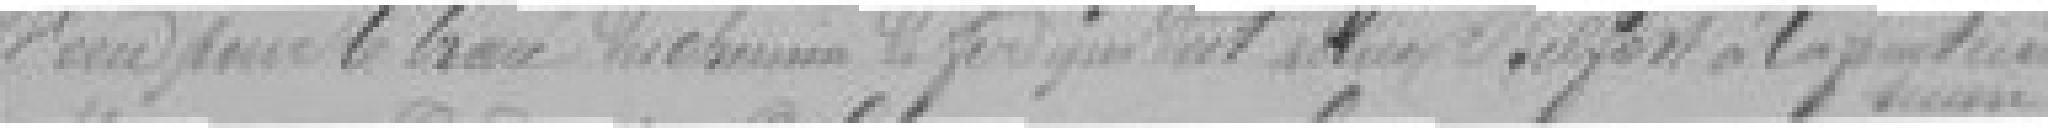
? du chemin de fer qui part du ? Belfort à la porte de ?